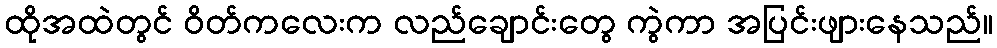
ထိုအထဲတွင် ဝိတ်ကလေးက လည်ချောင်းတွေ ကွဲကာ အပြင်းဖျားနေသည်။